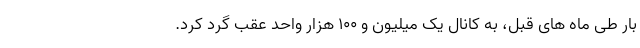
بار طی ماه های قبل، به کانال یک میلیون و ۱۰۰ هزار واحد عقب گرد کرد.